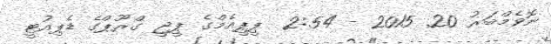
ނޮވެމްބަރު 20